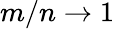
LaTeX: m/n\rightarrow 1